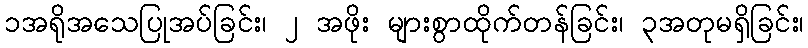
၁အရိုအသေပြုအပ်ခြင်း၊ ၂ အဖိုး များစွာထိုက်တန်ခြင်း၊ ၃အတုမရှိခြင်း၊